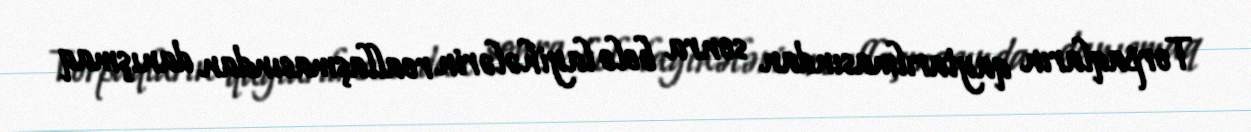
Torpaqların qaytarılmasından sonra belə layihələrin reallaşmasından danışmaq